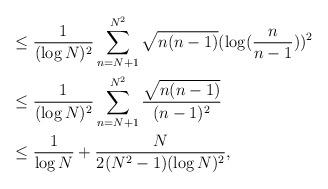
LaTeX: \begin{align*}&\leq \frac{1}{(\log N)^{2}}\displaystyle\sum_{n=N+1}^{N^{2}}\sqrt{n(n-1)}(\log(\frac{n}{n-1}))^2\\& \leq\frac{1}{(\log N)^{2}}\displaystyle\sum_{n=N+1}^{N^{2}}\frac{\sqrt{n(n-1)}}{(n-1)^{2}}\\& \leq \frac{1}{\log N} + \frac{N}{2(N^2-1)(\log N)^{2}},\end{align*}